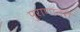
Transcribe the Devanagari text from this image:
पुराणांतरी